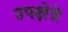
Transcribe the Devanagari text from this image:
उपक्षेत्रे